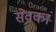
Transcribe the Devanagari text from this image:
सेवकां